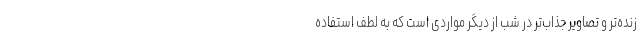
زنده‌تر و تصاویر جذاب‌تر در شب از دیگر مواردی است که به لطف استفاده